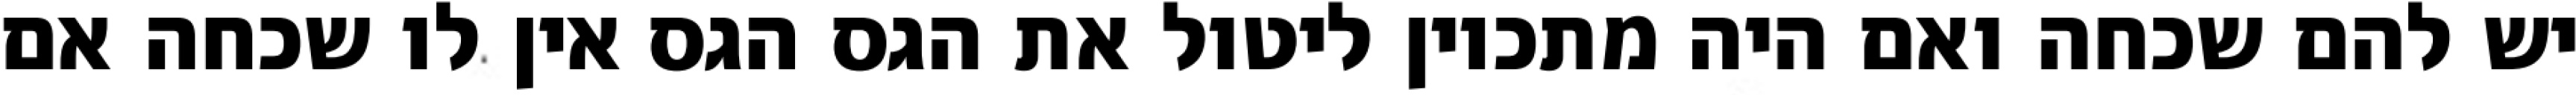
יש להם שכחה ואם היה מתכוין ליטול את הגס הגס אין לו שכחה אם